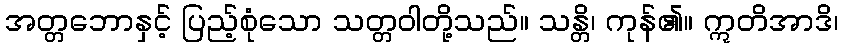
အတ္တဘောနှင့် ပြည့်စုံသော သတ္တဝါတို့သည်။ သန္တိ၊ ကုန်၏။ ဣတိအာဒိ၊